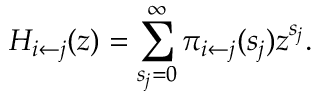
H _ { i \leftarrow j } ( z ) = \sum _ { s _ { j } = 0 } ^ { \infty } \pi _ { i \leftarrow j } ( s _ { j } ) z ^ { s _ { j } } .